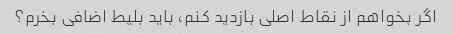
اگر بخواهم از نقاط اصلی بازدید کنم، باید بلیط اضافی بخرم؟